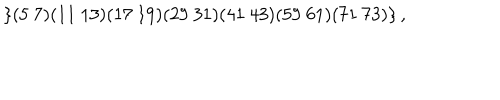
\left\{ ( 5 \ 7 ) ( 1 1 \ 1 3 ) ( 1 7 \ 1 9 ) ( 2 9 \ 3 1 ) ( 4 1 \ 4 3 ) ( 5 9 \ 6 1 ) ( 7 1 \ 7 3 ) \right\} ,